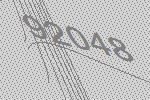
92048